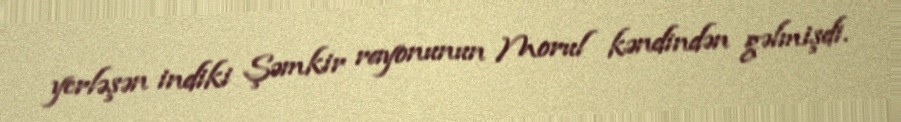
yerləşən indiki Şəmkir rayonunun Morul kəndindən gəlmişdi.